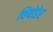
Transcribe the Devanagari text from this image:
थियोडेर